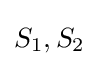
S_{1},S_{2}